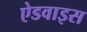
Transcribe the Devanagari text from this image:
ऐडवाइस